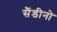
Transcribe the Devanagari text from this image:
सैंडीनो